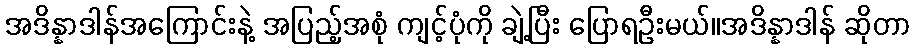
အဒိန္နာဒါန်အကြောင်းနဲ့ အပြည့်အစုံ ကျင့်ပုံကို ချဲ့ပြီး ပြောရဦးမယ်။အဒိန္နာဒါန် ဆိုတာ